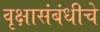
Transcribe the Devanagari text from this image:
वृक्षासंबंधीचे